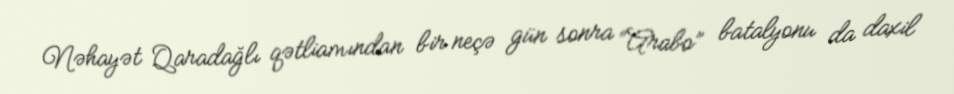
Nəhayət Qaradağlı qətliamından bir neçə gün sonra “Arabo” batalyonu da daxil